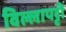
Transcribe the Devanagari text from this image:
विल्लापट्टी